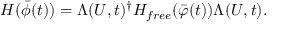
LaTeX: H ( \bar { \phi } ( t ) ) = \Lambda ( U , t ) ^ { \dagger } H _ { f r e e } ( \bar { \varphi } ( t ) ) \Lambda ( U , t ) .